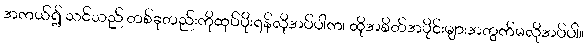
အကယ်၍ သင်သည် တစ်ခုတည်းကိုထုပ်ပိုးရန်လိုအပ်ပါက၊ ထိုအစိတ်အပိုင်းများအတွက်မလိုအပ်ပါ။